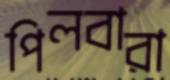
পিলবারা